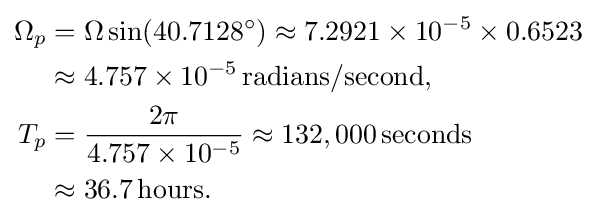
{\begin{aligned}\Omega _{p}&=\Omega \sin(40.7128^{\circ })\approx 7.2921\times 10^{-5}\times 0.6523\\&\approx 4.757\times 10^{-5}\,{\text{radians/second}},\\T_{p}&={\frac {2\pi }{4.757\times 10^{-5}}}\approx 132,000\,{\text{seconds}}\\&\approx 36.7\,{\text{hours}}.\end{aligned}}